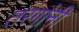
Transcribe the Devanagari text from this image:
तरंगांनी